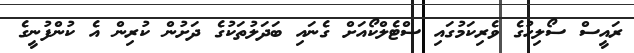
ރައީސް ސޯލިހުގެ ވެރިކަމުގައި ސްޓެލްކޯއަށް ގެނައި ބަދަލުތަކުގެ ދަށުން ކުރިން އެ ކުންފުނީގެ